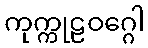
ကုက္ကုဠဝဂ္ဂေါ